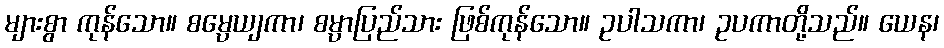
များစွာ ကုန်သော။ စမ္ပေယျကာ၊ စမ္ပာပြည်သား ဖြစ်ကုန်သော။ ဥပါသကာ၊ ဥပကာတို့သည်။ ယေန၊